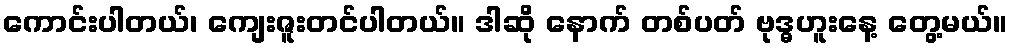
ကောင်းပါတယ်၊ ကျေးဇူးတင်ပါတယ်။ ဒါဆို နောက် တစ်ပတ် ဗုဒ္ဓဟူးနေ့ တွေ့မယ်။